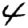
Digit: 4